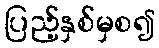
ပြည့်နှစ်မှစ၍